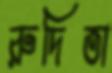
রুদিতা